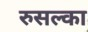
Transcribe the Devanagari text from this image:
रुसल्का